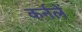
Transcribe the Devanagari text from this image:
कर्नलें